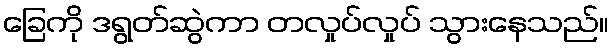
ခြေကို ဒရွတ်ဆွဲကာ တလှုပ်လှုပ် သွားနေသည်။